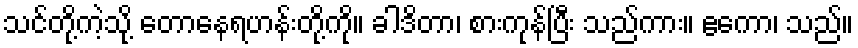
သင်တို့ကဲ့သို့ တောနေရဟန်းတို့ကို။ ခါဒိတာ၊ စားကုန်ပြီး သည်ကား။ ဧကော၊ သည်။